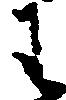
わ